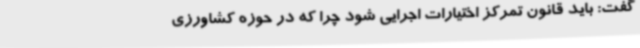
گفت: باید قانون تمرکز اختیارات اجرایی شود چرا که در حوزه کشاورزی